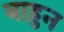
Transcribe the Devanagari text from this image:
बाहुन